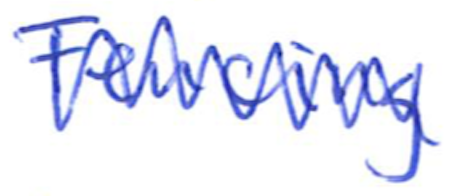
Text: Fencing
Cross-out: zig-zag
Writing tool: ballpoint